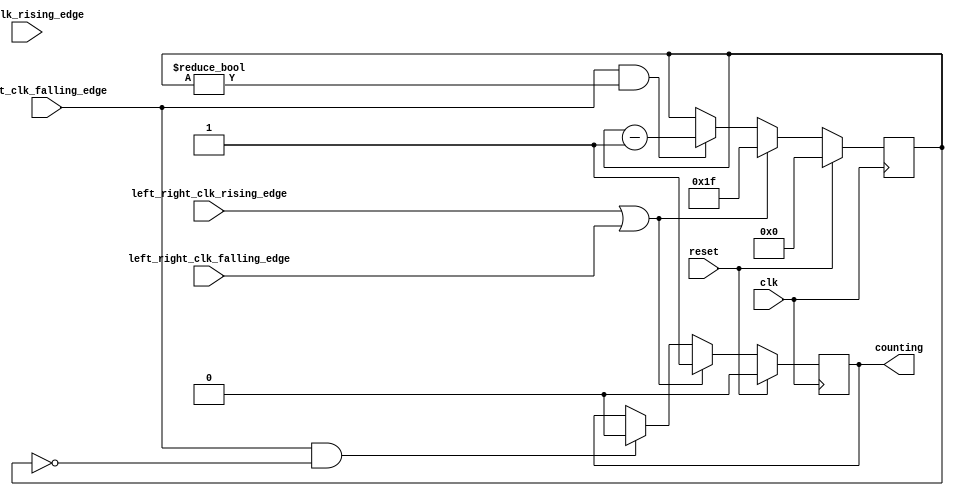
module Altera_UP_Audio_Bit_Counter_1 (
	clk,
	reset,
	bit_clk_rising_edge,
	bit_clk_falling_edge,
	left_right_clk_rising_edge,
	left_right_clk_falling_edge,
	counting
);
parameter BIT_COUNTER_INIT	= 5'd31;
input				clk;
input				reset;
input				bit_clk_rising_edge;
input				bit_clk_falling_edge;
input				left_right_clk_rising_edge;
input				left_right_clk_falling_edge;
output	reg			counting;
wire				reset_bit_counter;
reg			[4:0]	bit_counter;
always @(posedge clk)
begin
	if (reset == 1'b1)
		bit_counter <= 5'h00;
	else if (reset_bit_counter == 1'b1)
		bit_counter <= BIT_COUNTER_INIT;
	else if ((bit_clk_falling_edge == 1'b1) && (bit_counter != 5'h00))
		bit_counter <= bit_counter - 5'h01;
end
always @(posedge clk)
begin
	if (reset == 1'b1)
		counting <= 1'b0;
	else if (reset_bit_counter == 1'b1)
		counting <= 1'b1;
	else if ((bit_clk_falling_edge == 1'b1) && (bit_counter == 5'h00))
		counting <= 1'b0;
end
assign reset_bit_counter = left_right_clk_rising_edge | 
							left_right_clk_falling_edge;
endmodule